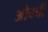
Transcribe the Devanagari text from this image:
ओबची